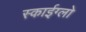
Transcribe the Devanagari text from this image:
स्काईग्लो